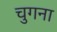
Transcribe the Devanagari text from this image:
चुगना